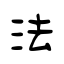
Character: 法